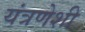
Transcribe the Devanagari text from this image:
यंत्रणेशी